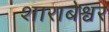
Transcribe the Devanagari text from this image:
शाराबेश्वर